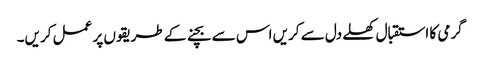
گرمی کا استقبال کھلے دل سے کریں اس سے بچنے کے طریقوں پر عمل کریں۔